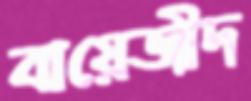
বায়েজীদ